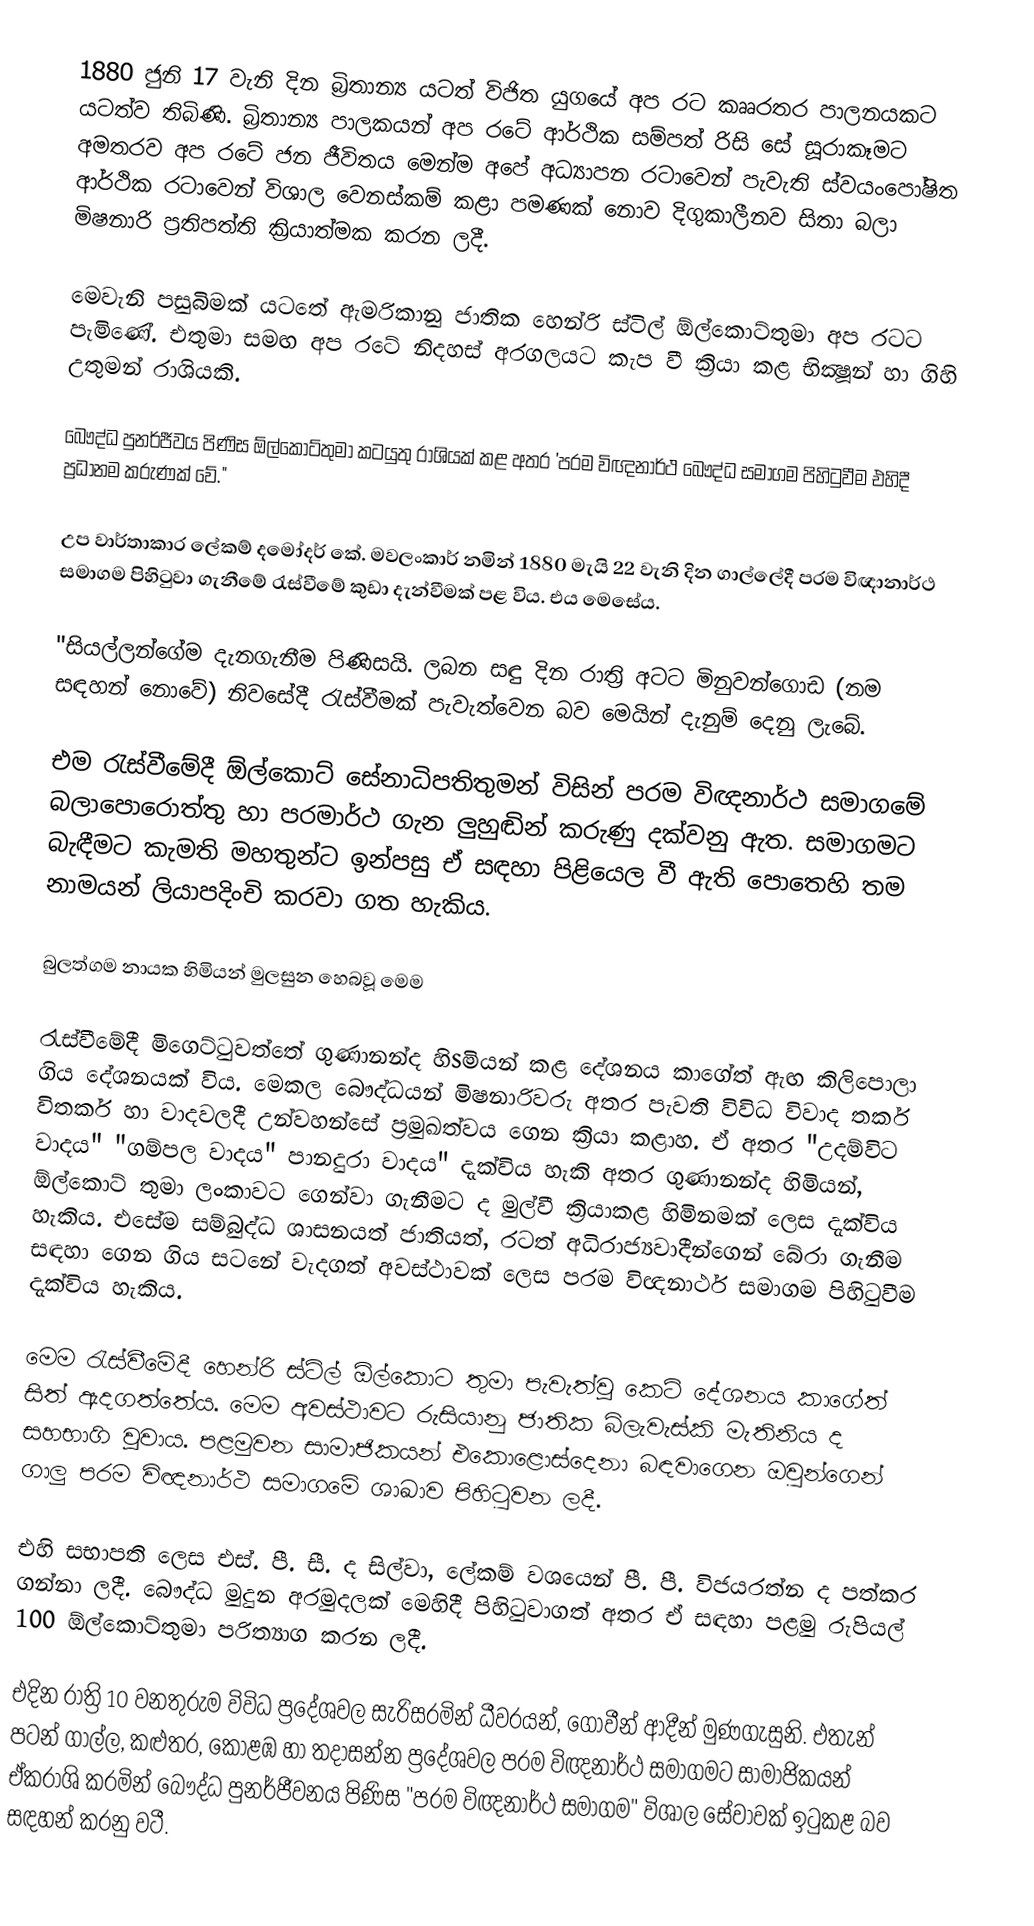
1880 ජුනි 17 වැනි දින බ්‍රිතාන්‍ය යටත් විජිත යුගයේ අප රට කෲරතර පාලනයකට යටත්ව තිබිණි. බ්‍රිතාන්‍ය පාලකයන් අප රටේ ආර්ථික සම්පත් රිසි සේ සූරාකෑමට අමතරව අප රටේ ජන ජීවිතය මෙන්ම අපේ අධ්‍යාපන රටාවෙන් පැවැති ස්‌වයංපෝෂිත ආර්ථික රටාවෙන් විශාල වෙනස්‌කම් කළා පමණක්‌ නොව දිගුකාලීනව සිතා බලා මිෂනාරි ප්‍රතිපත්ති ක්‍රියාත්මක කරන ලදී.

මෙවැනි පසුබිමක්‌ යටතේ ඇමරිකානු ජාතික හෙන්රි ස්‌ටිල් ඕල්කොට්‌තුමා අප රටට පැමිණේ. එතුමා සමඟ අප රටේ නිදහස්‌ අරගලයට කැප වී ක්‍රියා කළ භික්‍ෂූන් හා ගිහි උතුමන් රාශියකි.

බෞද්ධ පුනර්ජීවය පිණිස ඕල්කොට්‌තුමා කටයුතු රාශියක්‌ කළ අතර 'පරම විඥනාර්ථ බෞද්ධ සමාගම පිහිටුවීම එහිදී ප්‍රධානම කරුණක්‌ වේ."

උප වාර්තාකාර ලේකම් දමෝදර් කේ. මවලංකාර් නමින් 1880 මැයි 22 වැනි දින ගාල්ලේදී පරම විඥානාර්ථ සමාගම පිහිටුවා ගැනීමේ රැස්‌වීමේ කුඩා දැන්වීමක්‌ පළ විය. එය මෙසේය.

"සියල්ලන්ගේම දැනගැනීම පිණිසයි. ලබන සඳු දින රාත්‍රි අටට මිනුවන්ගොඩ (නම සඳහන් නොවේ) නිවසේදී රැස්‌වීමක්‌ පැවැත්වෙන බව මෙයින් දැනුම් දෙනු ලැබේ.

එම රැස්‌වීමේදී ඕල්කොට්‌ සේනාධිපතිතුමන් විසින් පරම විඥනාර්ථ සමාගමේ බලාපොරොත්තු හා පරමාර්ථ ගැන ලුහුඬින් කරුණු දක්‌වනු ඇත. සමාගමට බැඳීමට කැමති මහතුන්ට ඉන්පසු ඒ සඳහා පිළියෙල වී ඇති පොතෙහි තම නාමයන් ලියාපදිංචි කරවා ගත හැකිය.

බුලත්ගම නායක හිමියන් මුලසුන හෙබවූ මෙම

රැස්‌වීමේදී මිගෙට්‌ටුවත්තේ ගුණානන්ද හිsමියන් කළ දේශනය කාගේත් ඇඟ කිලිපොලා ගිය දේශනයක්‌ විය. මෙකල බෞද්ධයන් මිෂනාරිවරු අතර පැවති විවිධ විවාද තර්ක විතර්ක හා වාදවලදී උන්වහන්සේ ප්‍රමුඛත්වය ගෙන ක්‍රියා කළාහ. ඒ අතර "උදම්විට වාදය" "ගම්පල වාදය" පානදුරා වාදය" දැක්‌විය හැකි අතර ගුණානන්ද හිමියන්, ඕල්කොට්‌ තුමා ලංකාවට ගෙන්වා ගැනීමට ද මුල්වී ක්‍රියාකළ හිමිනමක්‌ ලෙස දැක්‌විය හැකිය. එසේම සම්බුද්ධ ශාසනයත් ජාතියත්, රටත් අධිරාජ්‍යවාදීන්ගෙන් බේරා ගැනීම සඳහා ගෙන ගිය සටනේ වැදගත් අවස්‌ථාවක්‌ ලෙස පරම විඥනාර්ථ සමාගම පිහිටුවීම දැක්‌විය හැකිය.

මෙම රැස්‌වීමේදී හෙන්රි ස්‌ටිල් ඕල්කොට තුමා පැවැත්වූ කෙටි දේශනය කාගේත් සිත් ඇදගත්තේය. මෙම අවස්‌ථාවට රුසියානු ජාතික බ්ලැවැස්‌කි මැතිනිය ද සහභාගි වූවාය. පළමුවන සාමාජිකයන් එකොළොස්‌දෙනා බඳවාගෙන ඔවුන්ගෙන් ගාලු පරම විඥනාර්ථ සමාගමේ ශාඛාව පිහිටුවන ලදී.

එහි සභාපති ලෙස එස්‌. පී. සී. ද සිල්වා, ලේකම් වශයෙන් පී. පී. විජයරත්න ද පත්කර ගන්නා ලදී. බෞද්ධ මුදුන අරමුදලක්‌ මෙහිදී පිහිටුවාගත් අතර ඒ සඳහා පළමු රුපියල් 100 ඕල්කොට්‌තුමා පරිත්‍යාග කරන ලදී.

එදින රාත්‍රි 10 වනතුරුම විවිධ ප්‍රදේශවල සැරිසරමින් ධීවරයන්, ගොවීන් ආදීන් මුණගැසුනි. එතැන් පටන් ගාල්ල, කළුතර, කොළඹ හා තදාසන්න ප්‍රදේශවල පරම විඥනාර්ථ සමාගමට සාමාජිකයන් ඒකරාශි කරමින් බෞද්ධ පුනර්ජීවනය පිණිස "පරම විඥනාර්ථ සමාගම" විශාල සේවාවක්‌ ඉටුකළ බව සඳහන් කරනු වටී.